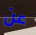
عن